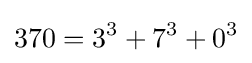
370=3^{3}+7^{3}+0^{3}